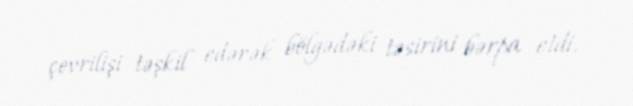
çevrilişi təşkil edərək bölgədəki təsirini bərpa etdi.